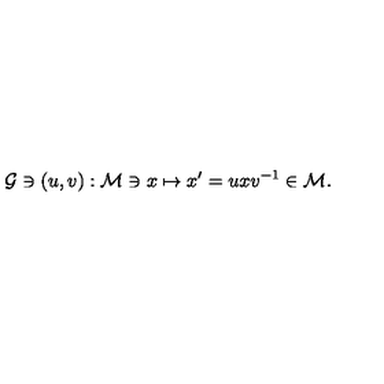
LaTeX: { \cal G } \ni ( u , v ) : { \cal M } \ni x \mapsto x ^ { \prime } = u x v ^ { - 1 } \in { \cal M } .